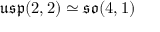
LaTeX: { \mathfrak { u s p } } ( 2 , 2 ) \simeq { \mathfrak { s o } } ( 4 , 1 )